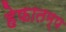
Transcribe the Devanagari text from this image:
हेफातम्प